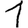
Digit: 1